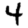
Digit: 4